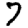
Digit: 7